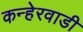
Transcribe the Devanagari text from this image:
कन्हेरवाडी